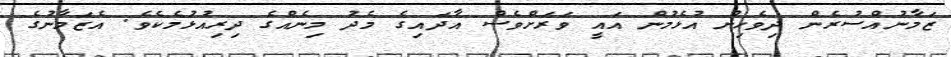
ޒަމާނުއްސުރެން ދިވެހިން އުޅެމުން އައީ ވަރަށްވެސް އާދައިގެ މެދު މިނެއްގެ ދިރިއުޅުމެކެވެ. އެޒަމާނުގެ